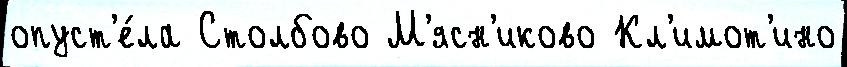
опуст'е́ла Столбово М'ясн'иково Кл'имот'ино